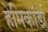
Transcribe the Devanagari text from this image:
हेमिकॉर्डा